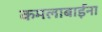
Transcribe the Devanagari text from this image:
कमलाबाईंना